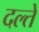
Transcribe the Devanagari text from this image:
दल्ते